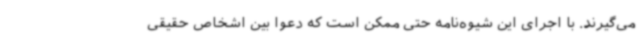
می‌گیرند. با اجرای این شیوه‌نامه حتی ممکن است که دعوا بین اشخاص حقیقی